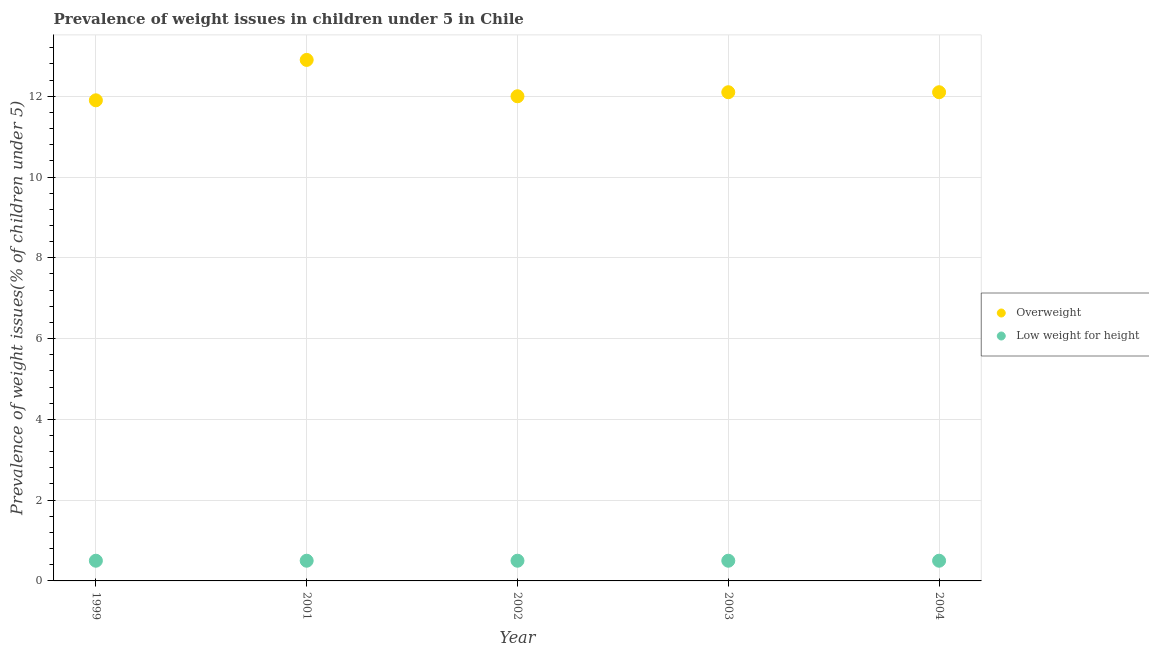
| Year | Overweight | Low weight for height |
 | --- | --- | --- |
 | 1999 | 11.9 | 0.5 |
 | 2001 | 12.9 | 0.5 |
 | 2002 | 12 | 0.5 |
 | 2003 | 12.1 | 0.5 |
 | 2004 | 12.1 | 0.5 |